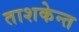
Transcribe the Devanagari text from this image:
ताशकेन्त